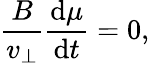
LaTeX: \frac{B}{v_{\perp}}\frac{\mathrm{d}\mu}{\mathrm{d}t}=0,